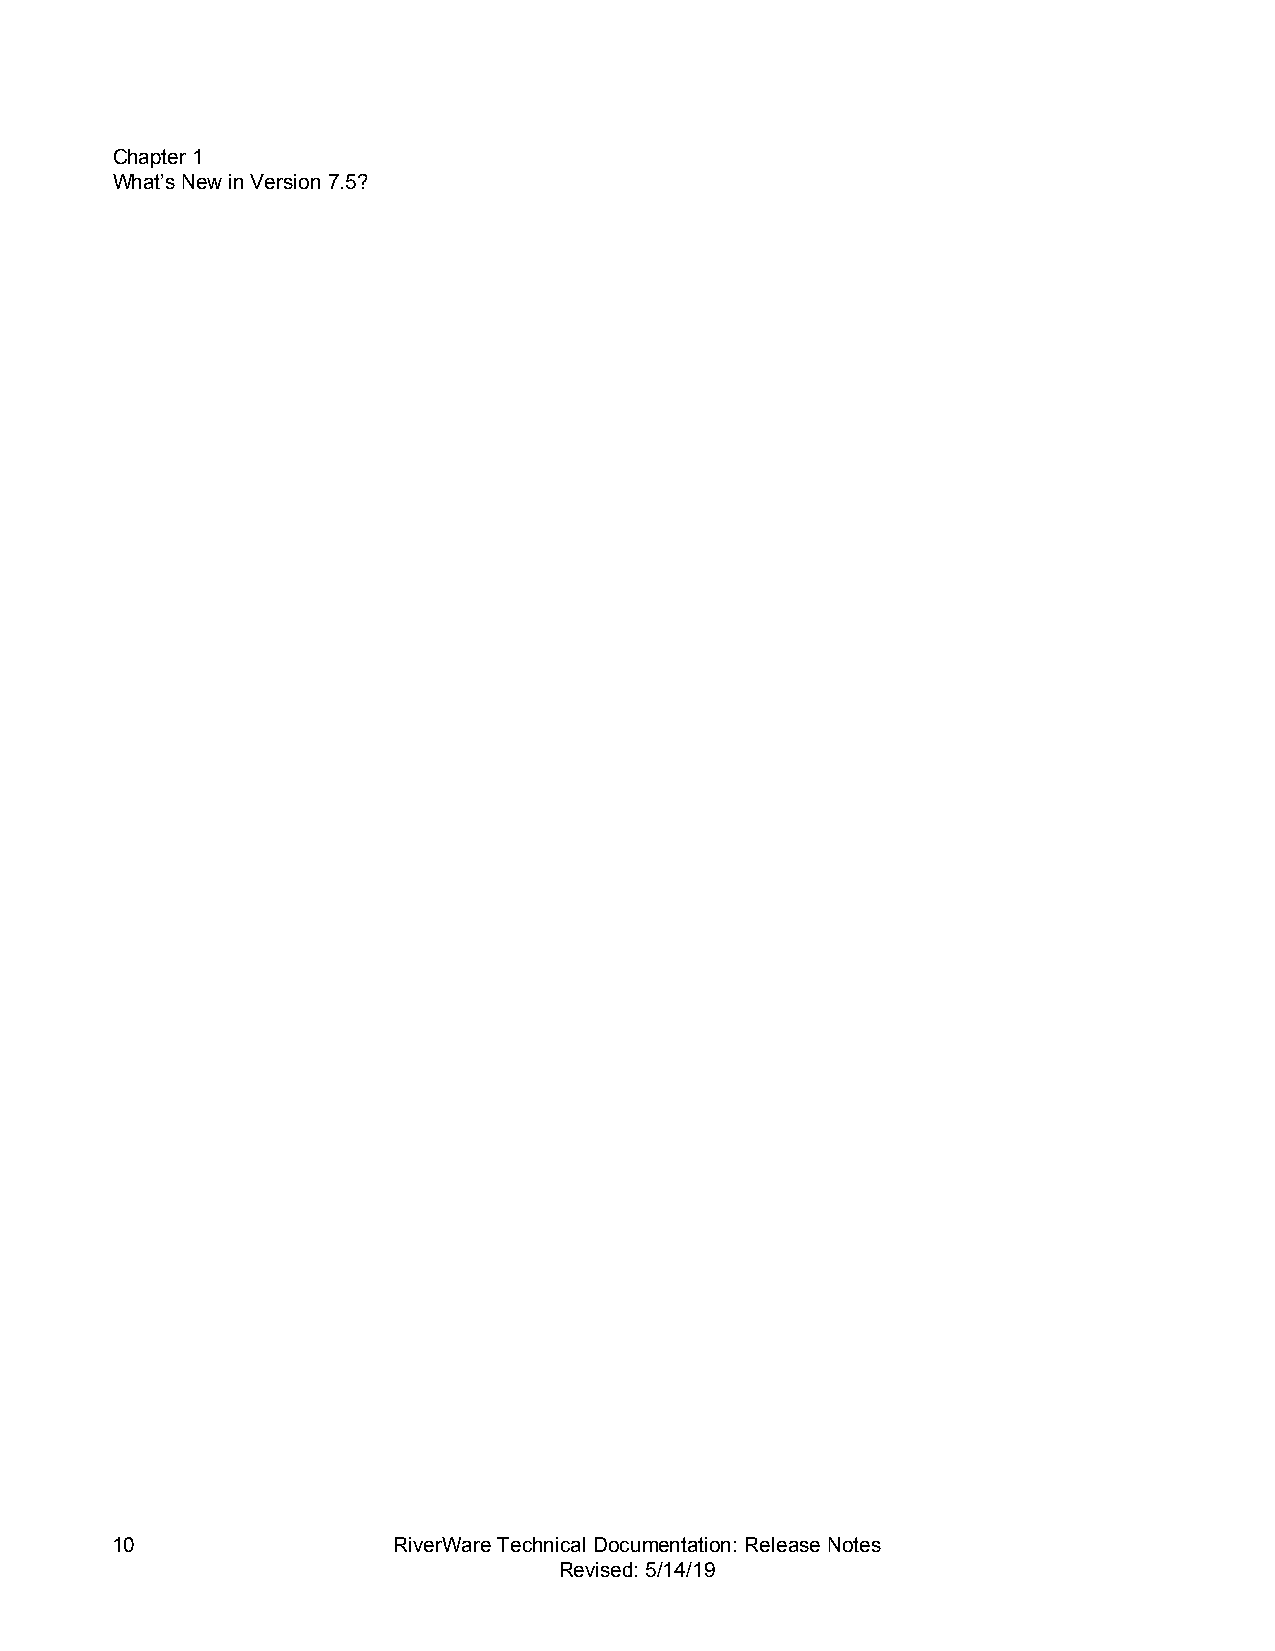
CChhaapptteerr11
 WWhhaatt’’ss NNeeww iinn VVeerrssiioonn77..55??
 10                 RiverWare Technical Documentation: Release Notes
 Revised: 5/14/19